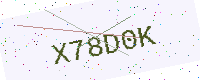
Text: X78D0K